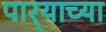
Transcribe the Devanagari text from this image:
पार्‍याच्या